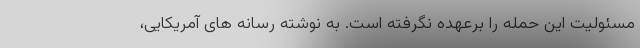
مسئولیت این حمله را برعهده نگرفته است. به نوشته رسانه های آمریکایی،